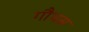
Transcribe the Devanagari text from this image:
गौधस